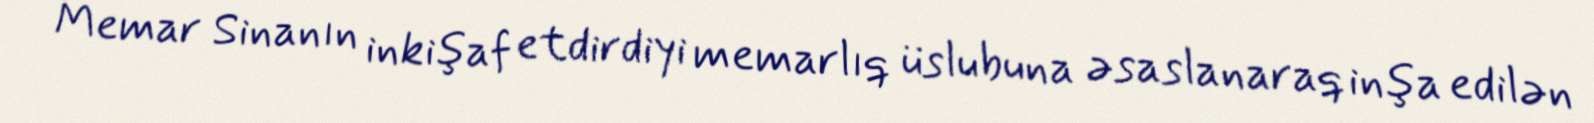
Memar Sinanın inkişaf etdirdiyi memarlıq üslubuna əsaslanaraq inşa edilən